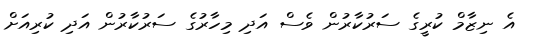
އެ ނިޒާމް ކުރީގެ ސަރުކާރުން ވެސް އަދި މިހާރުގެ ސަރުކާރުން އަދި ކުރިއަށް